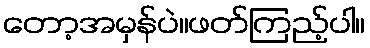
တော့အမှန်ပဲ။ဖတ်ကြည့်ပါ။